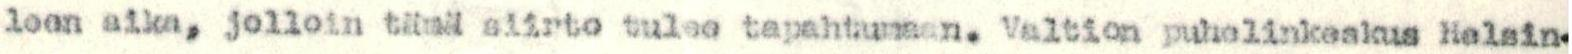
leen aika, jolloin tämä siirto tulee tapahtumaan. Valtion puhelinkeskus Helsin-